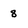
Character: 8